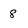
Character: 8